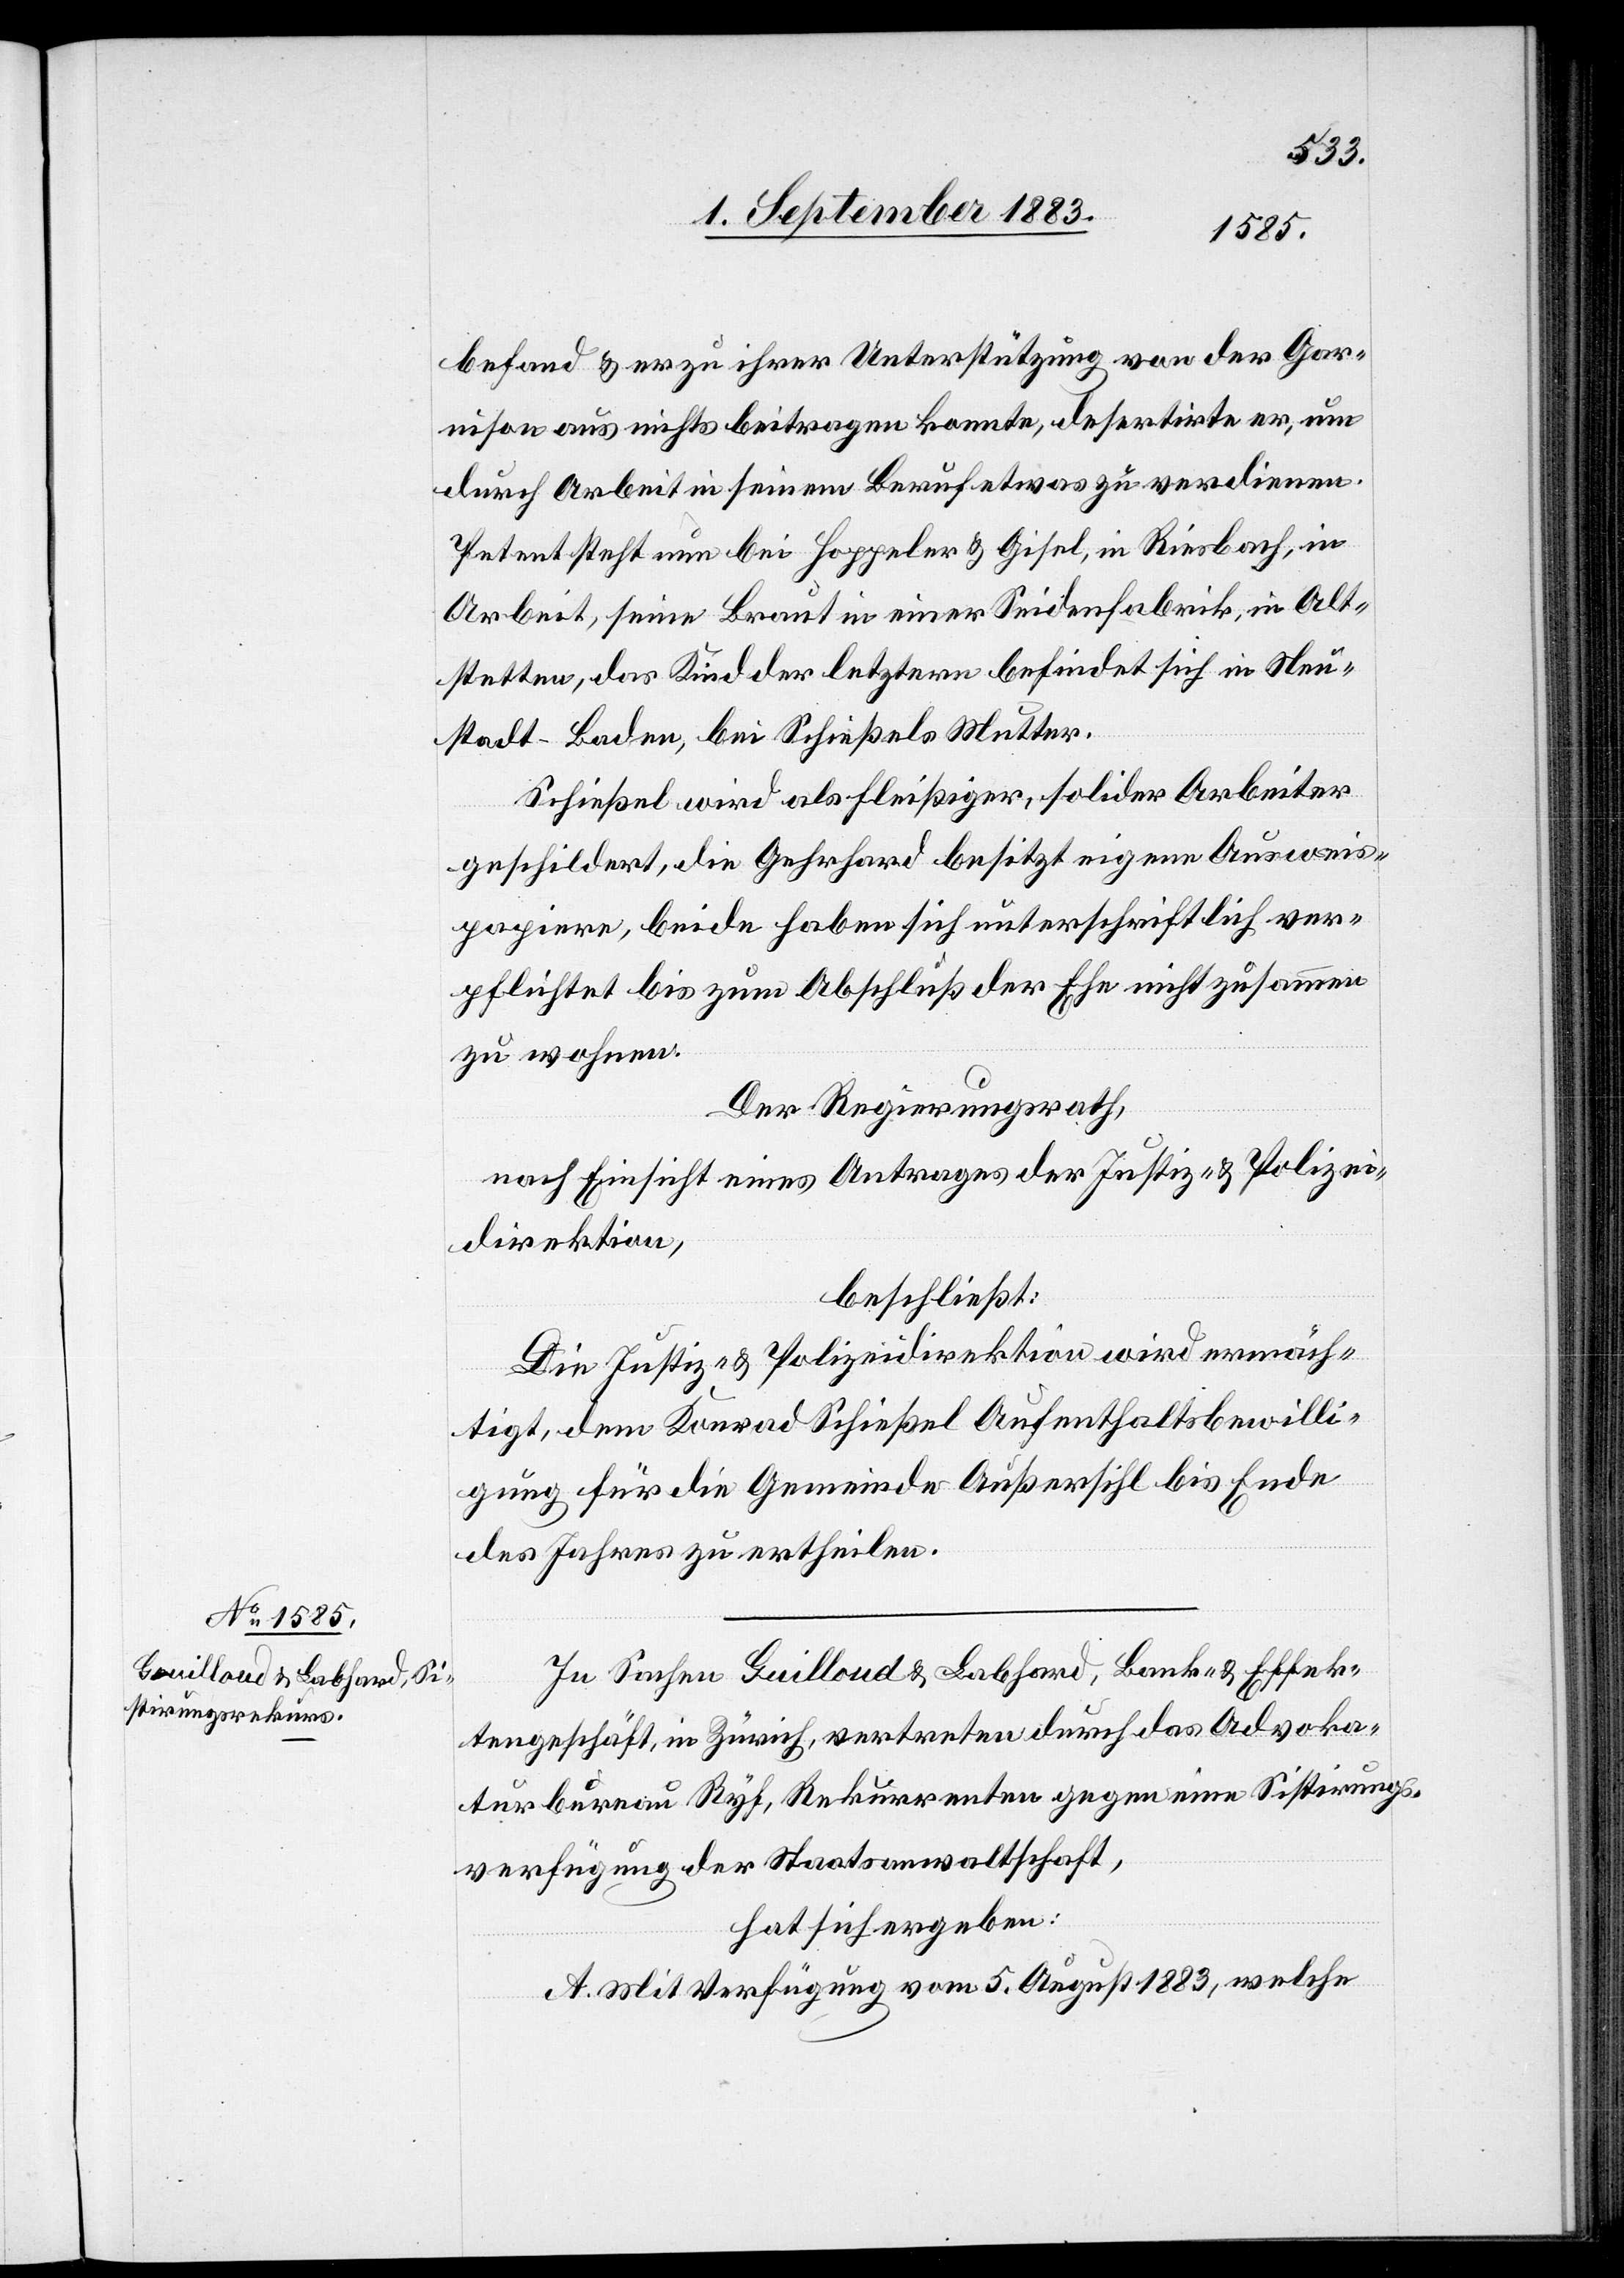
befand & er zu ihrer Unterstützung von der Gar¬
nison aus nichts beitragen konnte, desertirte er, um
durch Arbeit in seinem Beruf etwas zu verdienen.
Petent steht nun bei Hoppeler & Giesel, in Riesbach, in
Arbeit, seine Braut in einer Seidenfabrik, in Alt¬
stetten, das Kind der letztern befindet sich in Neu¬
stadt - Baden, bei Schießels Mutter.
Schießel wird als fleißiger, solider Arbeiter
geschildert, die Gehrhard besitzt eigene Ausweis¬
papiere, beide haben sich unterschriftlich ver¬
pflichtet bis zum Abschluß der Ehe nicht zusammen
zu wohnen.
Der Regierungsrath,
nach Einsicht eines Antrages der Justiz- & Polizei¬
direktion,
beschließt:
Die Justiz- & Polizeidirektion wird ermäch¬
tigt, dem Konrad Schießel Aufenthaltsbewilli¬
gung für die Gemeinde Außersihl bis Ende
des Jahres zu ertheilen.
In Sachen Guilloud & Labhard, Bank- & Effek¬
tengeschäft, in Zürich, vertreten durch das Advoka¬
turbureau Ryf, Rekurrenten gegen eine Sistirungs¬
verfügung der Staatsanwaltschaft,
hat sich ergeben:
A. Mit Verfügung vom 5. August 1883, welche